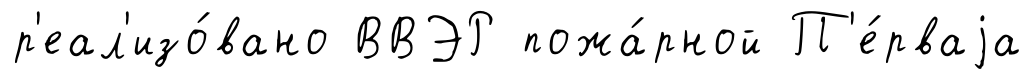
р'еал'изо́вано ВВЭР пожа́рной П'е́рваjа